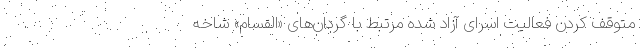
متوقف کردن فعالیت اسرای آزاد شده مرتبط با گردان‌های «القسام» شاخه